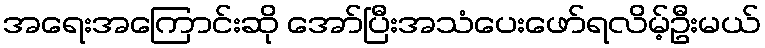
အရေးအကြောင်းဆို အော်ပြီးအသံပေးဖော်ရလိမ့်ဦးမယ်